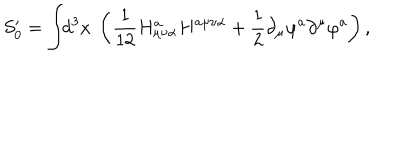
S _ { 0 } ^ { \prime } = \int \! \! d ^ { 3 } x ~ \left( \frac 1 { 1 2 } H _ { \mu \nu \alpha } ^ { a } H ^ { a \mu \nu \alpha } + \frac 1 2 \partial _ { \mu } \varphi ^ { a } \partial ^ { \mu } \varphi ^ { a } \right) ,